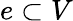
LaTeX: e\subset V